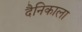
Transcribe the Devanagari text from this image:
दैनिकाला